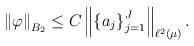
LaTeX: \begin{align*}\left\Vert \varphi\right\Vert _{B_{2}}\leq C\left\Vert \left\{ a_{j}\right\}_{j=1}^{J}\right\Vert _{\ell^{2}\left( \mu\right) }. \end{align*}